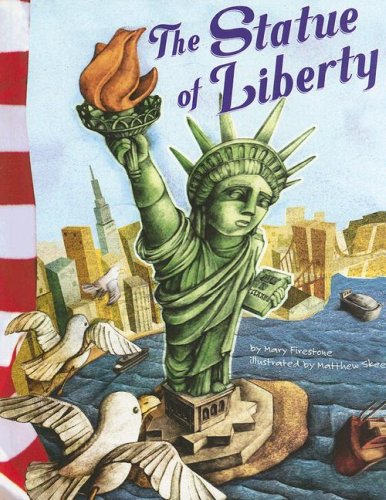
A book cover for The Statue of Liberty (American Symbols); Mary Firestone; Children's Books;